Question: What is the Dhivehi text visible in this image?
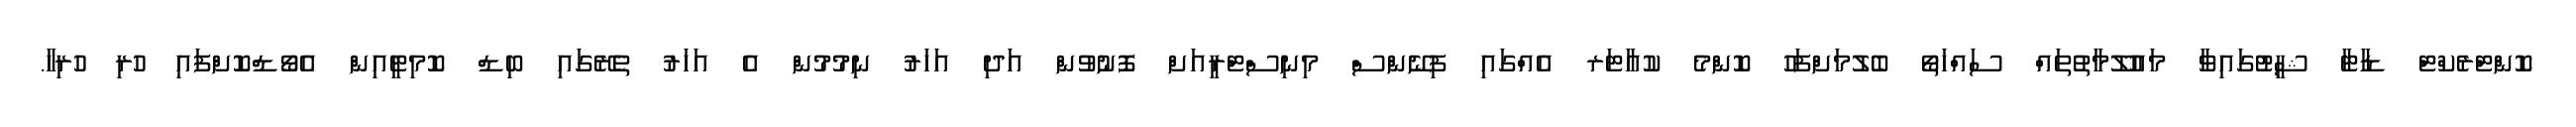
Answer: ކޮންޓްރެކްޓް ޑާޓާ ޝީޓުގައިވާ މައުލޫމާތުތައް ސައްހަތޯ ބެލުމަށްފަހު ކޮންމެ ކުއާޓަރ އެއްގައި ފިނޭންސް މިނިސްޓްރީއަށް ފޮނުވުން އަދި އަހަރު ނިމުމުން އެ އަހަރު ތެރޭގައި ބިޑް ކޮމިޓީއިން އެވޯޑްކޮށްފައި ހުރި ހުރިހާ.